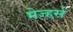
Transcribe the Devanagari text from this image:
मेज्हर्स